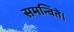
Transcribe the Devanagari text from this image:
समन्विते।